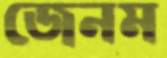
জেনম